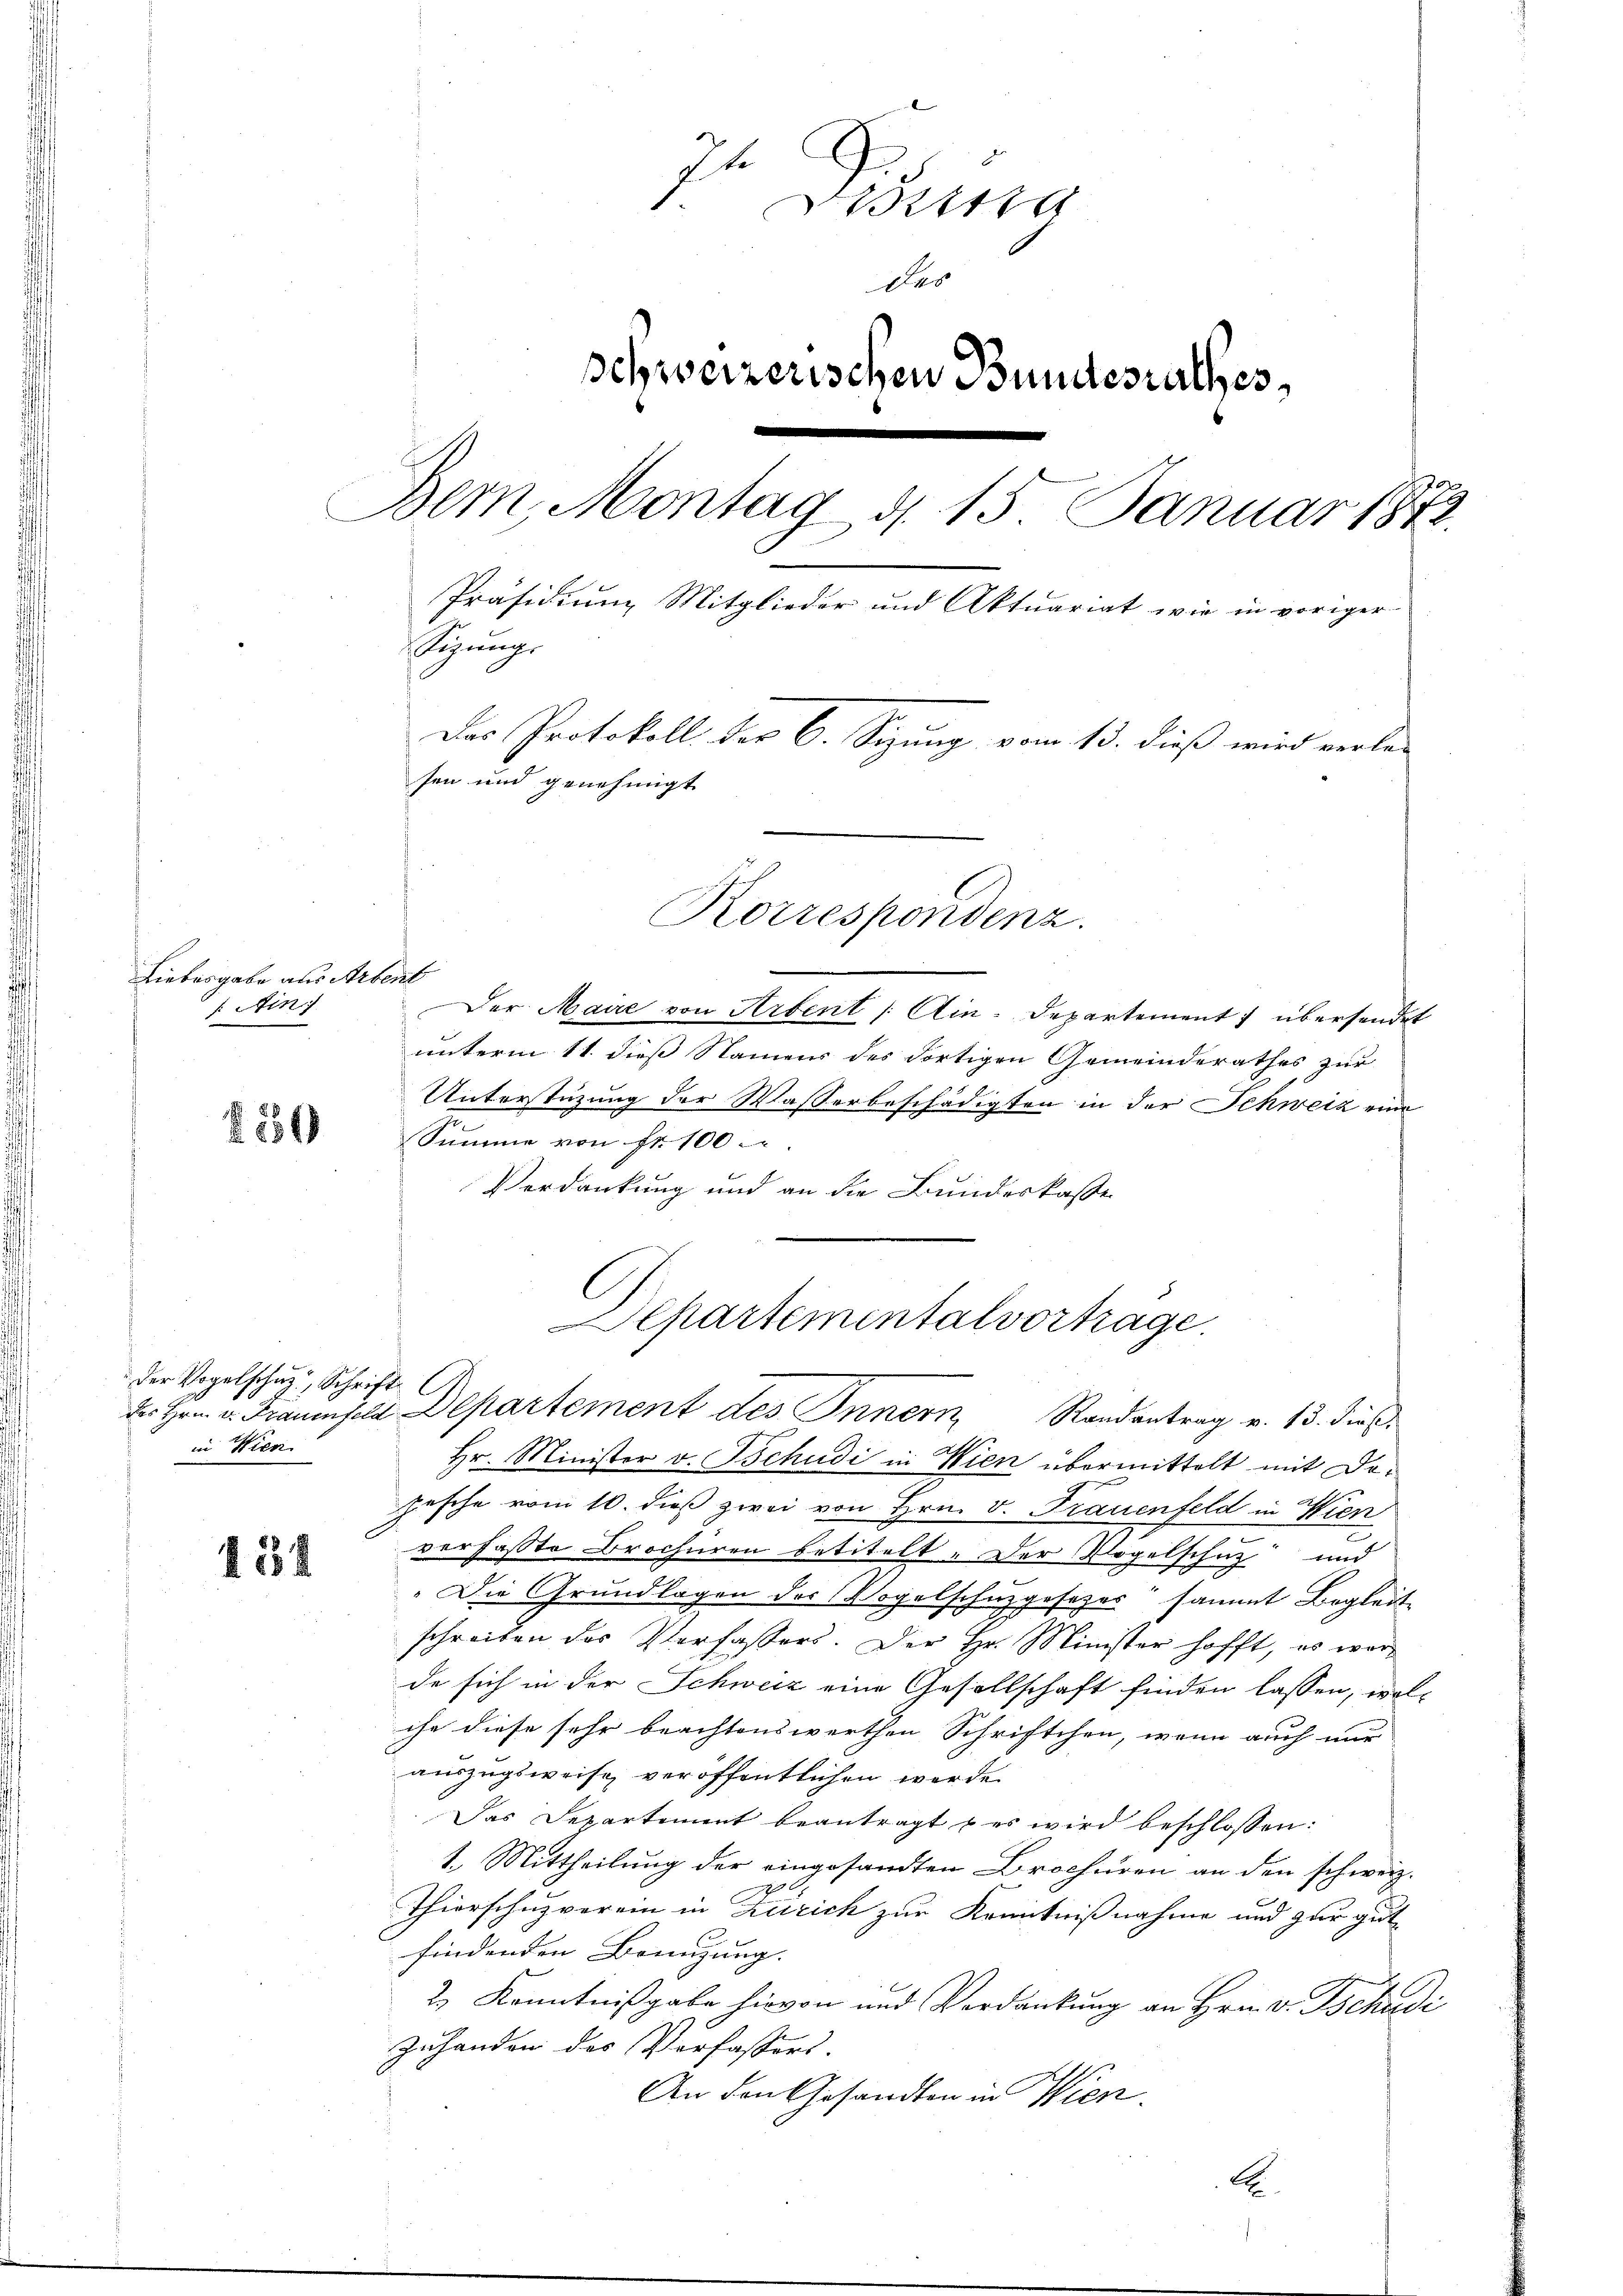
Liebesgabe aus Arbent
Ain)

der Vogelschus, Schrift
in Wien

432

It
Derin
Das
schweizerischen Bundesrathes
Bem, Montag d. 15. Januar 1872.
Präsidium Mitglieder und Aktuariat wie in voriger
Sizŭng.
Das Protokoll der 6. Sizung vom 13. dieß wird verle-
sen und genehmigt.
Korrespondenz.

Der Maire von Arbent /: Ain-Departement übersendet
unterm 11. dieß Namens des dortigen Gemeinderathes zur
Unterstüzung der Wasserbeschädigten in der Schweiz eine
 Summe von fr. 100
Verdankung und an die Bundeskasse
Hr. Minister v. Tschudi in Wien übermittelt mit Dopesche vom 10. dieß zwei von Hrn. v. Frauenfeld in Wien
verfaßte Brochüren betitelt. Der Vogelschutz und
u
"Die Grundlagen des Vogelschuzgesezes sammt Begleitschreiben des Verfassers. Der Hr. Minister hofft, es werde sich in der Schweiz eine Gesellschaft finden lassen, welche diese sehr brachtenswerthen Schriftchen, wenn auch nur
auszugsweise veröffentlichen werde.
Das Departement beantragt & es wird beschlossen:
1. Mittheilung der eingesandten Brochüren an den schweiz.
Thierschuzverein in Zürich zur Kenntnißnahme und zur gut
findenden Bringung.
2.) Kenntnißgabe hievon und Verdankung an Hrn. v. Tschudi
Zuhanden des Verfassers.
An den Gesandten in Wien.
A

Separtementalvortrage.
des Hrn. v. Fraumple Departement des Innern Randantrag v. 13. dieß.